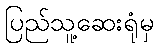
ပြည်သူ့ဆေးရုံမှ